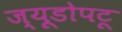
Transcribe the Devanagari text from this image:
ज्य़ूडोपटू